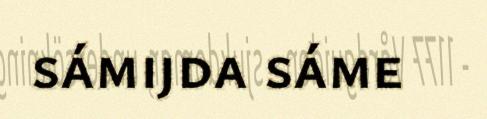
sámijda sáme